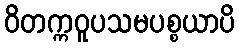
ဝိတက္ကဝူပသမပစ္စယာပိ